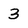
Character: 3